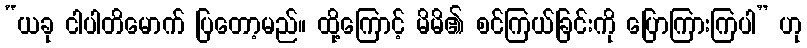
“ယခု ငါပါတိမောက် ပြတော့မည်။ ထို့ကြောင့် မိမိ၏ စင်ကြယ်ခြင်းကို ပြောကြားကြပါ” ဟု